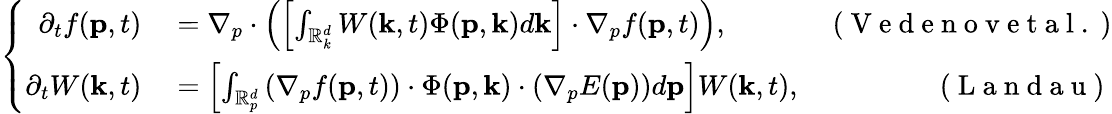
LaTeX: \left\{ \begin{array}{rlr}{\partial_{t}f(\mathbf{p},t)}&{{}=\nabla_{p}\cdot\left(\left[\int_{\mathbb{R}_{k}^{d}}W(\mathbf{k},t)\Phi(\mathbf{p},\mathbf{k})d\mathbf{k}\right]\cdot\nabla_{p}f(\mathbf{p},t)\right),}&{\mathrm{~(~V~e~d~e~n~o~v~e~t~a~l~.~})}\\ {\partial_{t}W(\mathbf{k},t)}&{{}=\left[\int_{\mathbb{R}_{p}^{d}}\left(\nabla_{p}f(\mathbf{p},t)\right)\cdot\Phi(\mathbf{p},\mathbf{k})\cdot\left(\nabla_{p}E(\mathbf{p})\right)d\mathbf{p}\right]W(\mathbf{k},t),}&{\mathrm{~(~L~a~n~d~a~u~)~}}\end{array}\right.